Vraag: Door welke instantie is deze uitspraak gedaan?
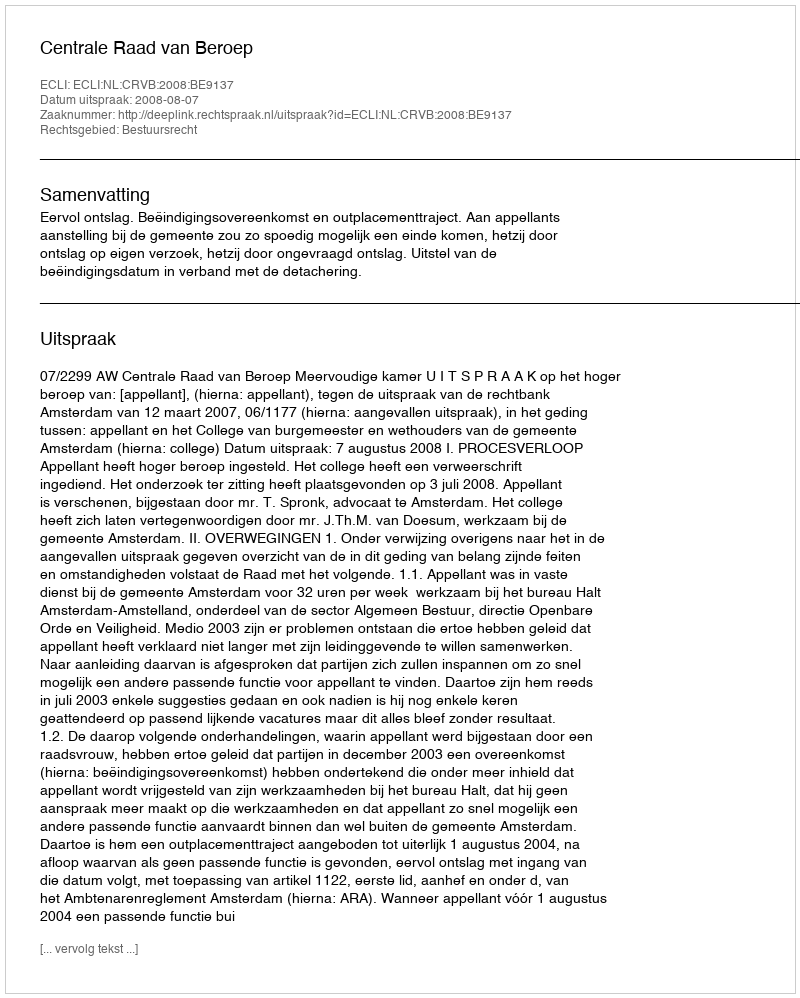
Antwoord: Centrale Raad van Beroep